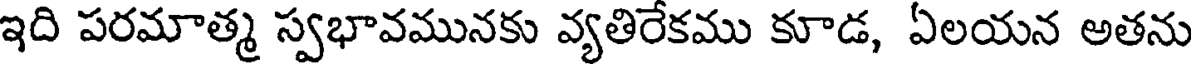
ఇది పరమాత్మ స్వభావమునకు వ్యతిరేకము కూడ, ఏలయన అతను